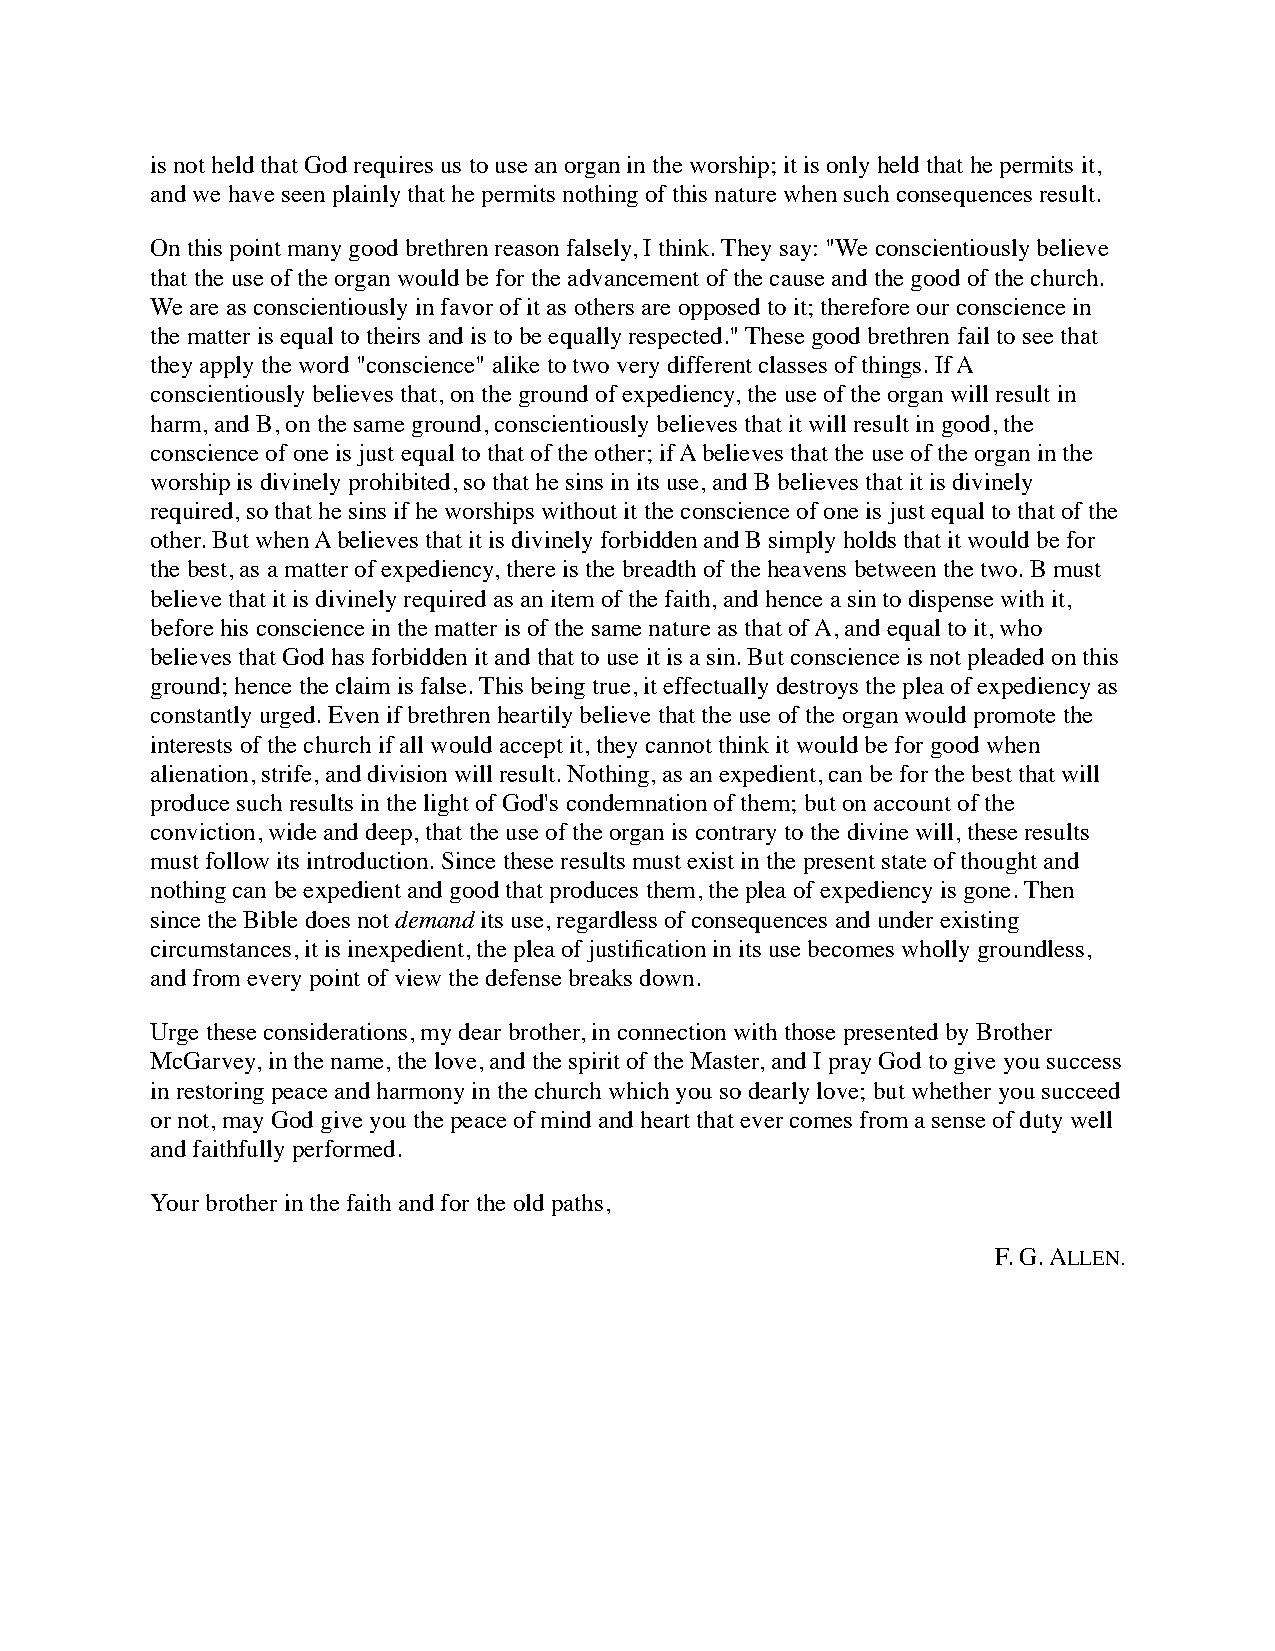
is not held that God requires us to use an organ in the worship; it is only held that he permits it,
 and we have seen plainly that he permits nothing of this nature when such consequences result.
 On this point many good brethren reason falsely, I think. They say: "We conscientiously believe
 that the use of the organ would be for the advancement of the cause and the good of the church.
 We are as conscientiously in favor of it as others are opposed to it; therefore our conscience in
 the matter is equal to theirs and is to be equally respected." These good brethren fail to see that
 they apply the word "conscience" alike to two very different classes of things. If A
 conscientiously believes that, on the ground of expediency, the use of the organ will result in
 harm, and B, on the same ground, conscientiously believes that it will result in good, the
 conscience of one is just equal to that of the other; if A believes that the use of the organ in the
 worship is divinely prohibited, so that he sins in its use, and B believes that it is divinely
 required, so that he sins if he worships without it the conscience of one is just equal to that of the
 other. But when A believes that it is divinely forbidden and B simply holds that it would be for
 the best, as a matter of expediency, there is the breadth of the heavens between the two. B must
 believe that it is divinely required as an item of the faith, and hence a sin to dispense with it,
 before his conscience in the matter is of the same nature as that of A, and equal to it, who
 believes that God has forbidden it and that to use it is a sin. But conscience is not pleaded on this
 ground; hence the claim is false. This being true, it effectually destroys the plea of expediency as
 constantly urged. Even if brethren heartily believe that the use of the organ would promote the
 interests of the church if all would accept it, they cannot think it would be for good when
 alienation, strife, and division will result. Nothing, as an expedient, can be for the best that will
 produce such results in the light of God's condemnation of them; but on account of the
 conviction, wide and deep, that the use of the organ is contrary to the divine will, these results
 must follow its introduction. Since these results must exist in the present state of thought and
 nothing can be expedient and good that produces them, the plea of expediency is gone. Then
 since the Bible does not demand its use, regardless of consequences and under existing
 circumstances, it is inexpedient, the plea of justification in its use becomes wholly groundless,
 and from every point of view the defense breaks down.
 Urge these considerations, my dear brother, in connection with those presented by Brother
 McGarvey, in the name, the love, and the spirit of the Master, and I pray God to give you success
 in restoring peace and harmony in the church which you so dearly love; but whether you succeed
 or not, may God give you the peace of mind and heart that ever comes from a sense of duty well
 and faithfully performed.
 Your brother in the faith and for the old paths,
 F. G. ALLEN.